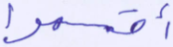
أقسموا